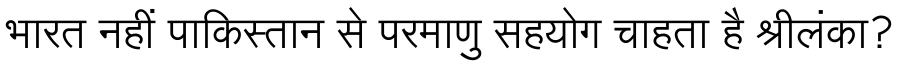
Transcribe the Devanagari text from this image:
भारत नहीं पाकिस्तान से परमाणु सहयोग चाहता है श्रीलंका?